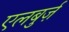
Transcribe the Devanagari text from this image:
एलबुर्ज़